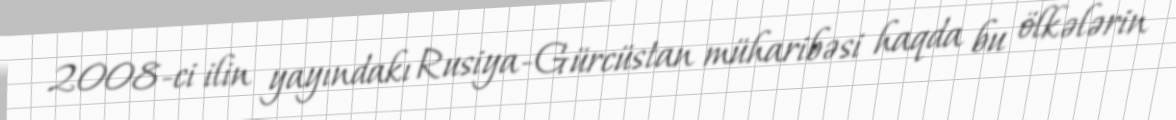
2008-ci ilin yayındakı Rusiya-Gürcüstan müharibəsi haqda bu ölkələrin